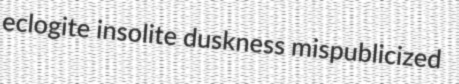
eclogite insolite duskness mispublicized